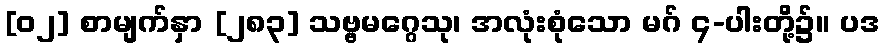
[၀၂] စာမျက်နှာ [၂၈၃] သဗ္ဗမဂ္ဂေသု၊ အလုံးစုံသော မဂ် ၄-ပါးတို့၌။ ပဒ